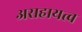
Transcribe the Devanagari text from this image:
असहायत्व